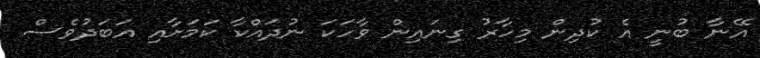
އޭނާ ބުނީ އެ ކުދިން މިހާރު ގިނައިން ވާހަކަ ނުދައްކާ ކަމަށާއި އަބަދުވެސް